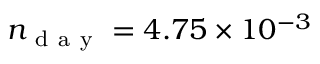
n _ { \mathrm { ~ d ~ a ~ y ~ } } = 4 . 7 5 \times 1 0 ^ { - 3 }